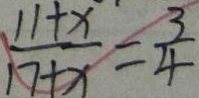
\frac { 1 1 + x } { 1 7 + x } = \frac { 3 } { 4 }